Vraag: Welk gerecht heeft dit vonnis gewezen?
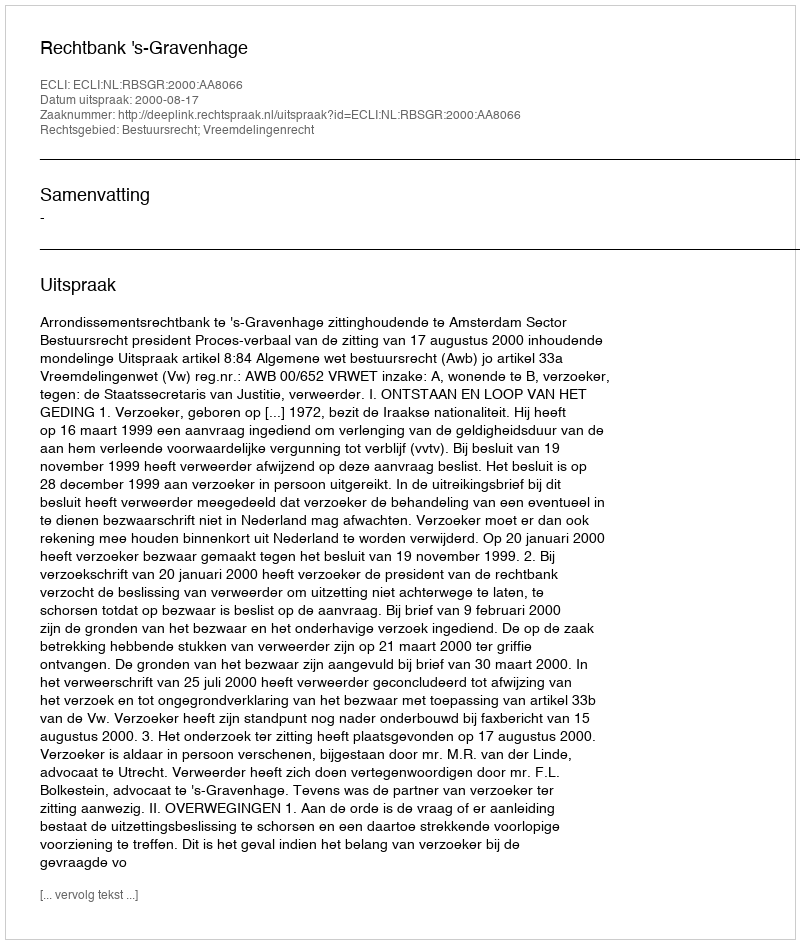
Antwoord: Rechtbank 's-Gravenhage